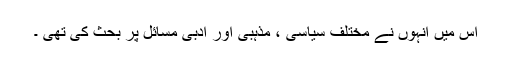
اس میں انہوں نے مختلف سیاسی ، مذہبی اور ادبی مسائل پر بحث کی تھی ۔